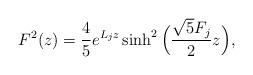
LaTeX: \begin{align*}F^2(z) = \frac{4}{5} e^{L_j z}\sinh^2 \Big ( \frac{\sqrt{5}F_j}{2} z\Big), \end{align*}